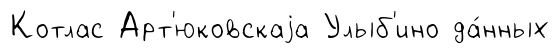
Котлас Арт'юковскаjа Улыб'ино да́нных